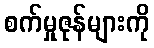
စက်မှုဇုန်များကို